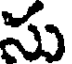
సు